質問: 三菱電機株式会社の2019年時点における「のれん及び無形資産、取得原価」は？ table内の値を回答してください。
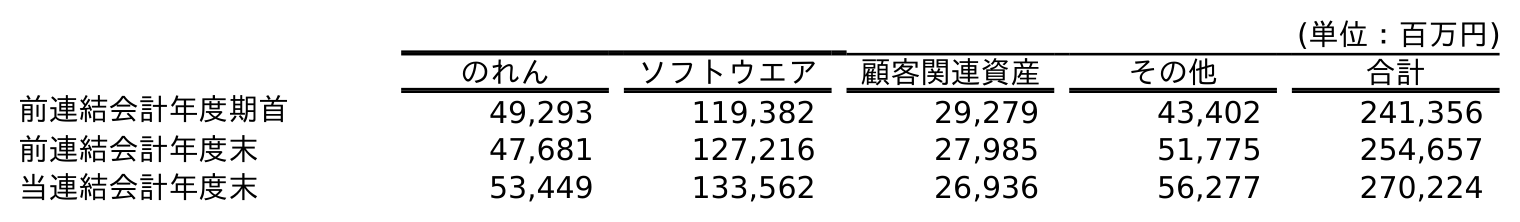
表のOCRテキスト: (単位：百万円) のれん ソフトウエア 顧客関連資産 その他 合計 前連結会計年度期首 49,293 119,382 29,279 43,402 241,356 前連結会計年度末 47,681 127,216 27,985 51,775 254,657 当連結会計年度末 53,449 133,562 26,936 56,277 270,224
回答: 254,657